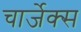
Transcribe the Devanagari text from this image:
चार्जेक्स